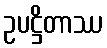
ဥပဋ္ဌိတာဿ